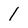
Character: 1